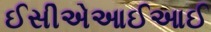
ઈસીએઆઈઆઈ